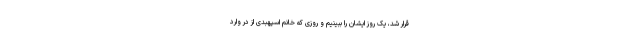
قرار شد، یک روز ایشان را ببینیم و روزی که خانم اسپهبدی از در وارد